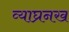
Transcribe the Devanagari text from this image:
व्याघ्रनख